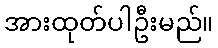
အားထုတ်ပါဦးမည်။